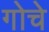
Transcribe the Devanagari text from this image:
गोचे